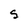
Character: S